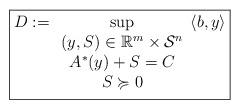
LaTeX: \begin{align*}\boxed{D:=\mathop{\sup}_{\begin{array}{c}(y ,S) \in \mathbb{R}^m \times \mathcal S^n\\A^*(y) + S = C \\S\succcurlyeq 0\\\end{array}}\langle b , y \rangle}\end{align*}